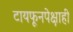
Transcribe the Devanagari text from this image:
टायफूनपेक्षाही